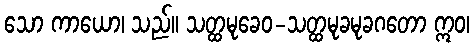
သော ကာယော၊ သည်။ သတ္ထမုခေဝ-သတ္ထမုခမုခဂတော ဣဝ၊